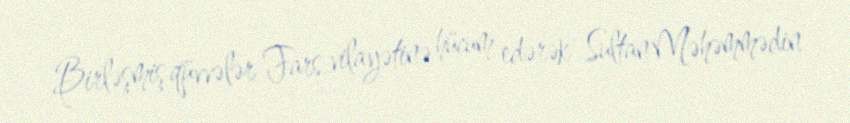
Birləşmiş qüvvələr Fars vilayətinə hücum edərək Sultan Məhəmmədin